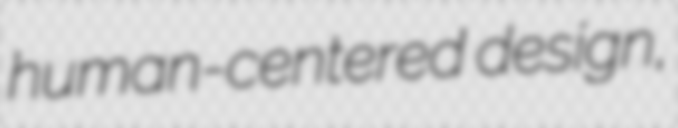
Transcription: human-centered design,